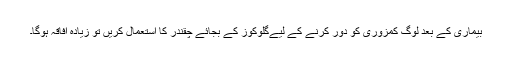
بیماری کے بعد لوگ کمزوری کو دور کرنے کے لیےگلوکوز کے بجائے چقندر کا استعمال کریں تو زیادہ افاقہ ہوگا۔